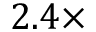
2 . 4 \times